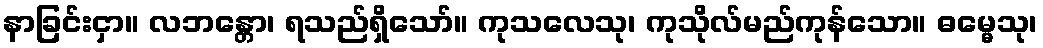
နာခြင်းငှာ။ လဘန္တော၊ ရသည်ရှိသော်။ ကုသလေသု၊ ကုသိုလ်မည်ကုန်သော။ ဓမ္မေသု၊